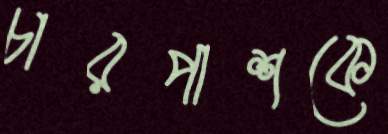
চারপাশকে